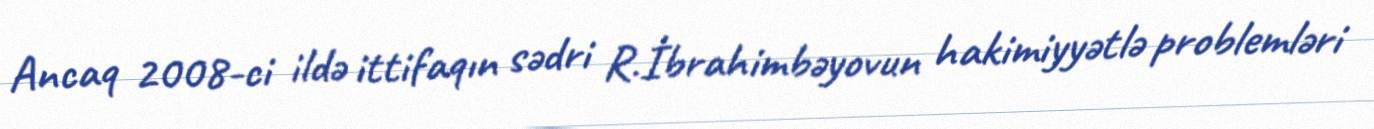
Ancaq 2008-ci ildə ittifaqın sədri R.İbrahimbəyovun hakimiyyətlə problemləri